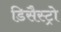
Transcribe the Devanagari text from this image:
डिसैस्ट्रो